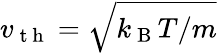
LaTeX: v_{\mathrm{~t~h~}}=\sqrt{k_{\mathrm{~B~}}T/m}